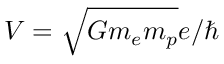
V = \sqrt { G m _ { e } m _ { p } } e / \hbar